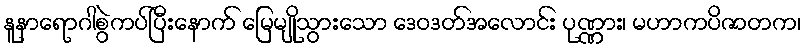
နူနာရောဂါစွဲကပ်ပြီးနောက် မြေမျိုသွားသော ဒေဝဒတ်အလောင်း ပုဏ္ဏား၊ မဟာကပိဇာတက၊